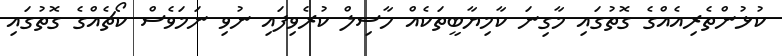
ކުޅުންތެރިއެއްގެ ގޮތުގައި މާގިނަ ކާމިޔާބީތަކެއް ހާސިލް ކުރެވިފައި ނުވި ނަމަވެސް ކޯޗެއްގެ ގޮތުގައި